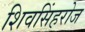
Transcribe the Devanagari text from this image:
शिवसिंहरोज